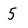
Character: 5